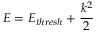
E = E _ { t h r e s h } + \frac { k ^ { 2 } } { 2 }